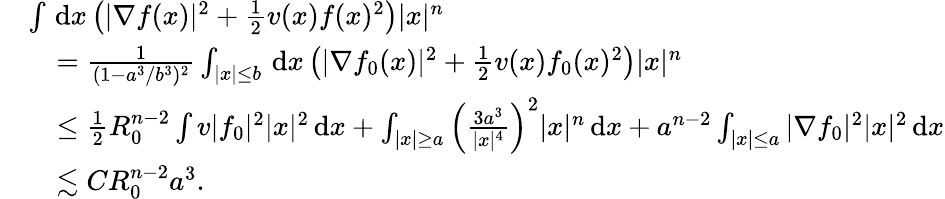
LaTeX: \begin{array}{rl}&{\int\, \textnormal{d}x\left(|\nabla f(x)|^{2}+\frac{1}{2}v(x)f(x)^{2}\right)|x|^{n}}\\ &{\quad=\frac{1}{(1-a^{3}/b^{3})^{2}}\int_{|x|\leq b}\, \textnormal{d}x\left(|\nabla f_{0}(x)|^{2}+\frac{1}{2}v(x)f_{0}(x)^{2}\right)|x|^{n}}\\ &{\quad\leq\frac{1}{2}R_{0}^{n-2}\int v|f_{0}|^{2}|x|^{2}\, \textnormal{d}x+\int_{|x|\geq a}\left(\frac{3a^{3}}{|x|^{4}}\right)^{2}|x|^{n}\, \textnormal{d}x+a^{n-2}\int_{|x|\leq a}|\nabla f_{0}|^{2}|x|^{2}\, \textnormal{d}x}\\ &{\quad\lesssim CR_{0}^{n-2}a^{3}.}\end{array}